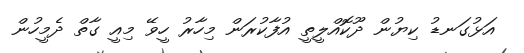
އަޅުގަނޑު ކިޔުން ދޫކޮއްލީތީ އުފާކުރަން މިހާރު ހީވޭ މިއީ ގާތް ދެމީހުން